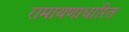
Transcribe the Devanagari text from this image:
रामायणाधारित